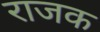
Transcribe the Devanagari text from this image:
राजक